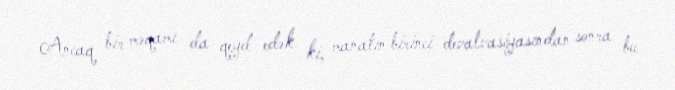
Ancaq bir məqamı da qeyd edək ki, manatın birinci devalvasiyasından sonra bu